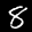
Label: 8